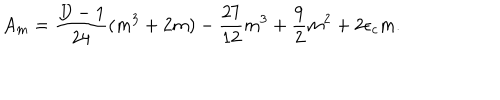
A _ { m } = \frac { D - 1 } { 2 4 } ( m ^ { 3 } + 2 m ) - \frac { 2 7 } { 1 2 } m ^ { 3 } + \frac { 9 } { 2 } m ^ { 2 } + 2 \epsilon _ { c } m .